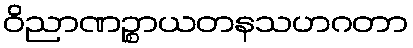
ဝိညာဏဉ္စာယတနသဟဂတာ